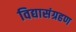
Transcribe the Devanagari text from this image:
विद्यासंग्रहण